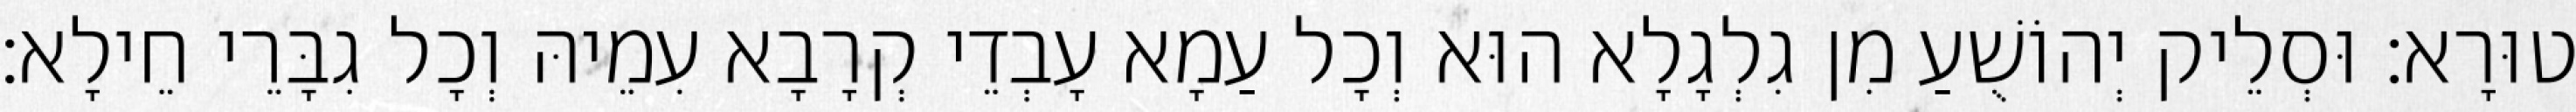
טוּרָא׃ וּסְלֵיק יְהוֹשֻׁעַ מִן גִלְגָלָא הוּא וְכָל עַמָא עָבְדֵי קְרָבָא עִמֵיהּ וְכָל גִבָּרֵי חֵילָא׃